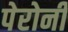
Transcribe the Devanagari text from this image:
पेरोनी